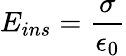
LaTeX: E_{ins}=\frac{\sigma}{\epsilon_{0}}